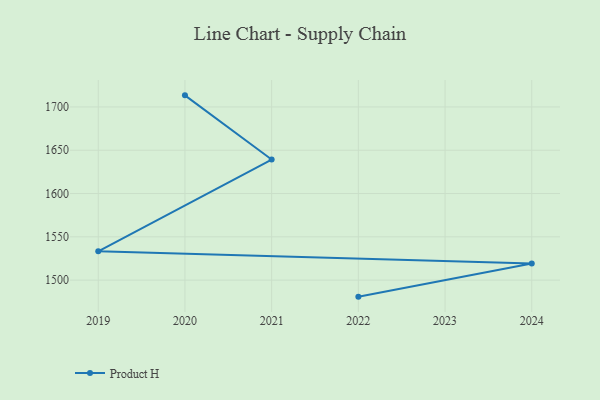
{"axis": {"x": "Year", "y": "Shipments"}, "legend": ["Product H"], "data": [{"x": "2022", "y": 1480.9, "type": "Product H"}, {"x": "2024", "y": 1519.1, "type": "Product H"}, {"x": "2019", "y": 1533.2, "type": "Product H"}, {"x": "2021", "y": 1639.3, "type": "Product H"}, {"x": "2020", "y": 1713.4, "type": "Product H"}]}